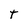
Character: T